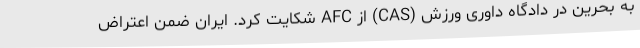
به بحرین در دادگاه داوری ورزش (CAS) از AFC شکایت کرد. ایران ضمن اعتراض